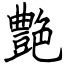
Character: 艶